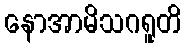
နောအာမိသဂရူတိ